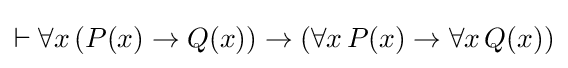
\vdash \forall x\,(P(x)\rightarrow Q(x))\rightarrow (\forall x\,P(x)\rightarrow \forall x\,Q(x))